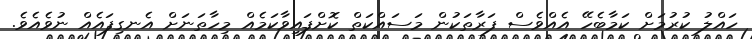
ހައްލު ކުރުމަށް ކަމާބެހޭ އެއްވެސް ފަރާތަކުން މަސައްކަތް ކޮށްފައިވާކަމެެއް މިހާތަނަށް އެނގިފައެއް ނުވެއެވެ.